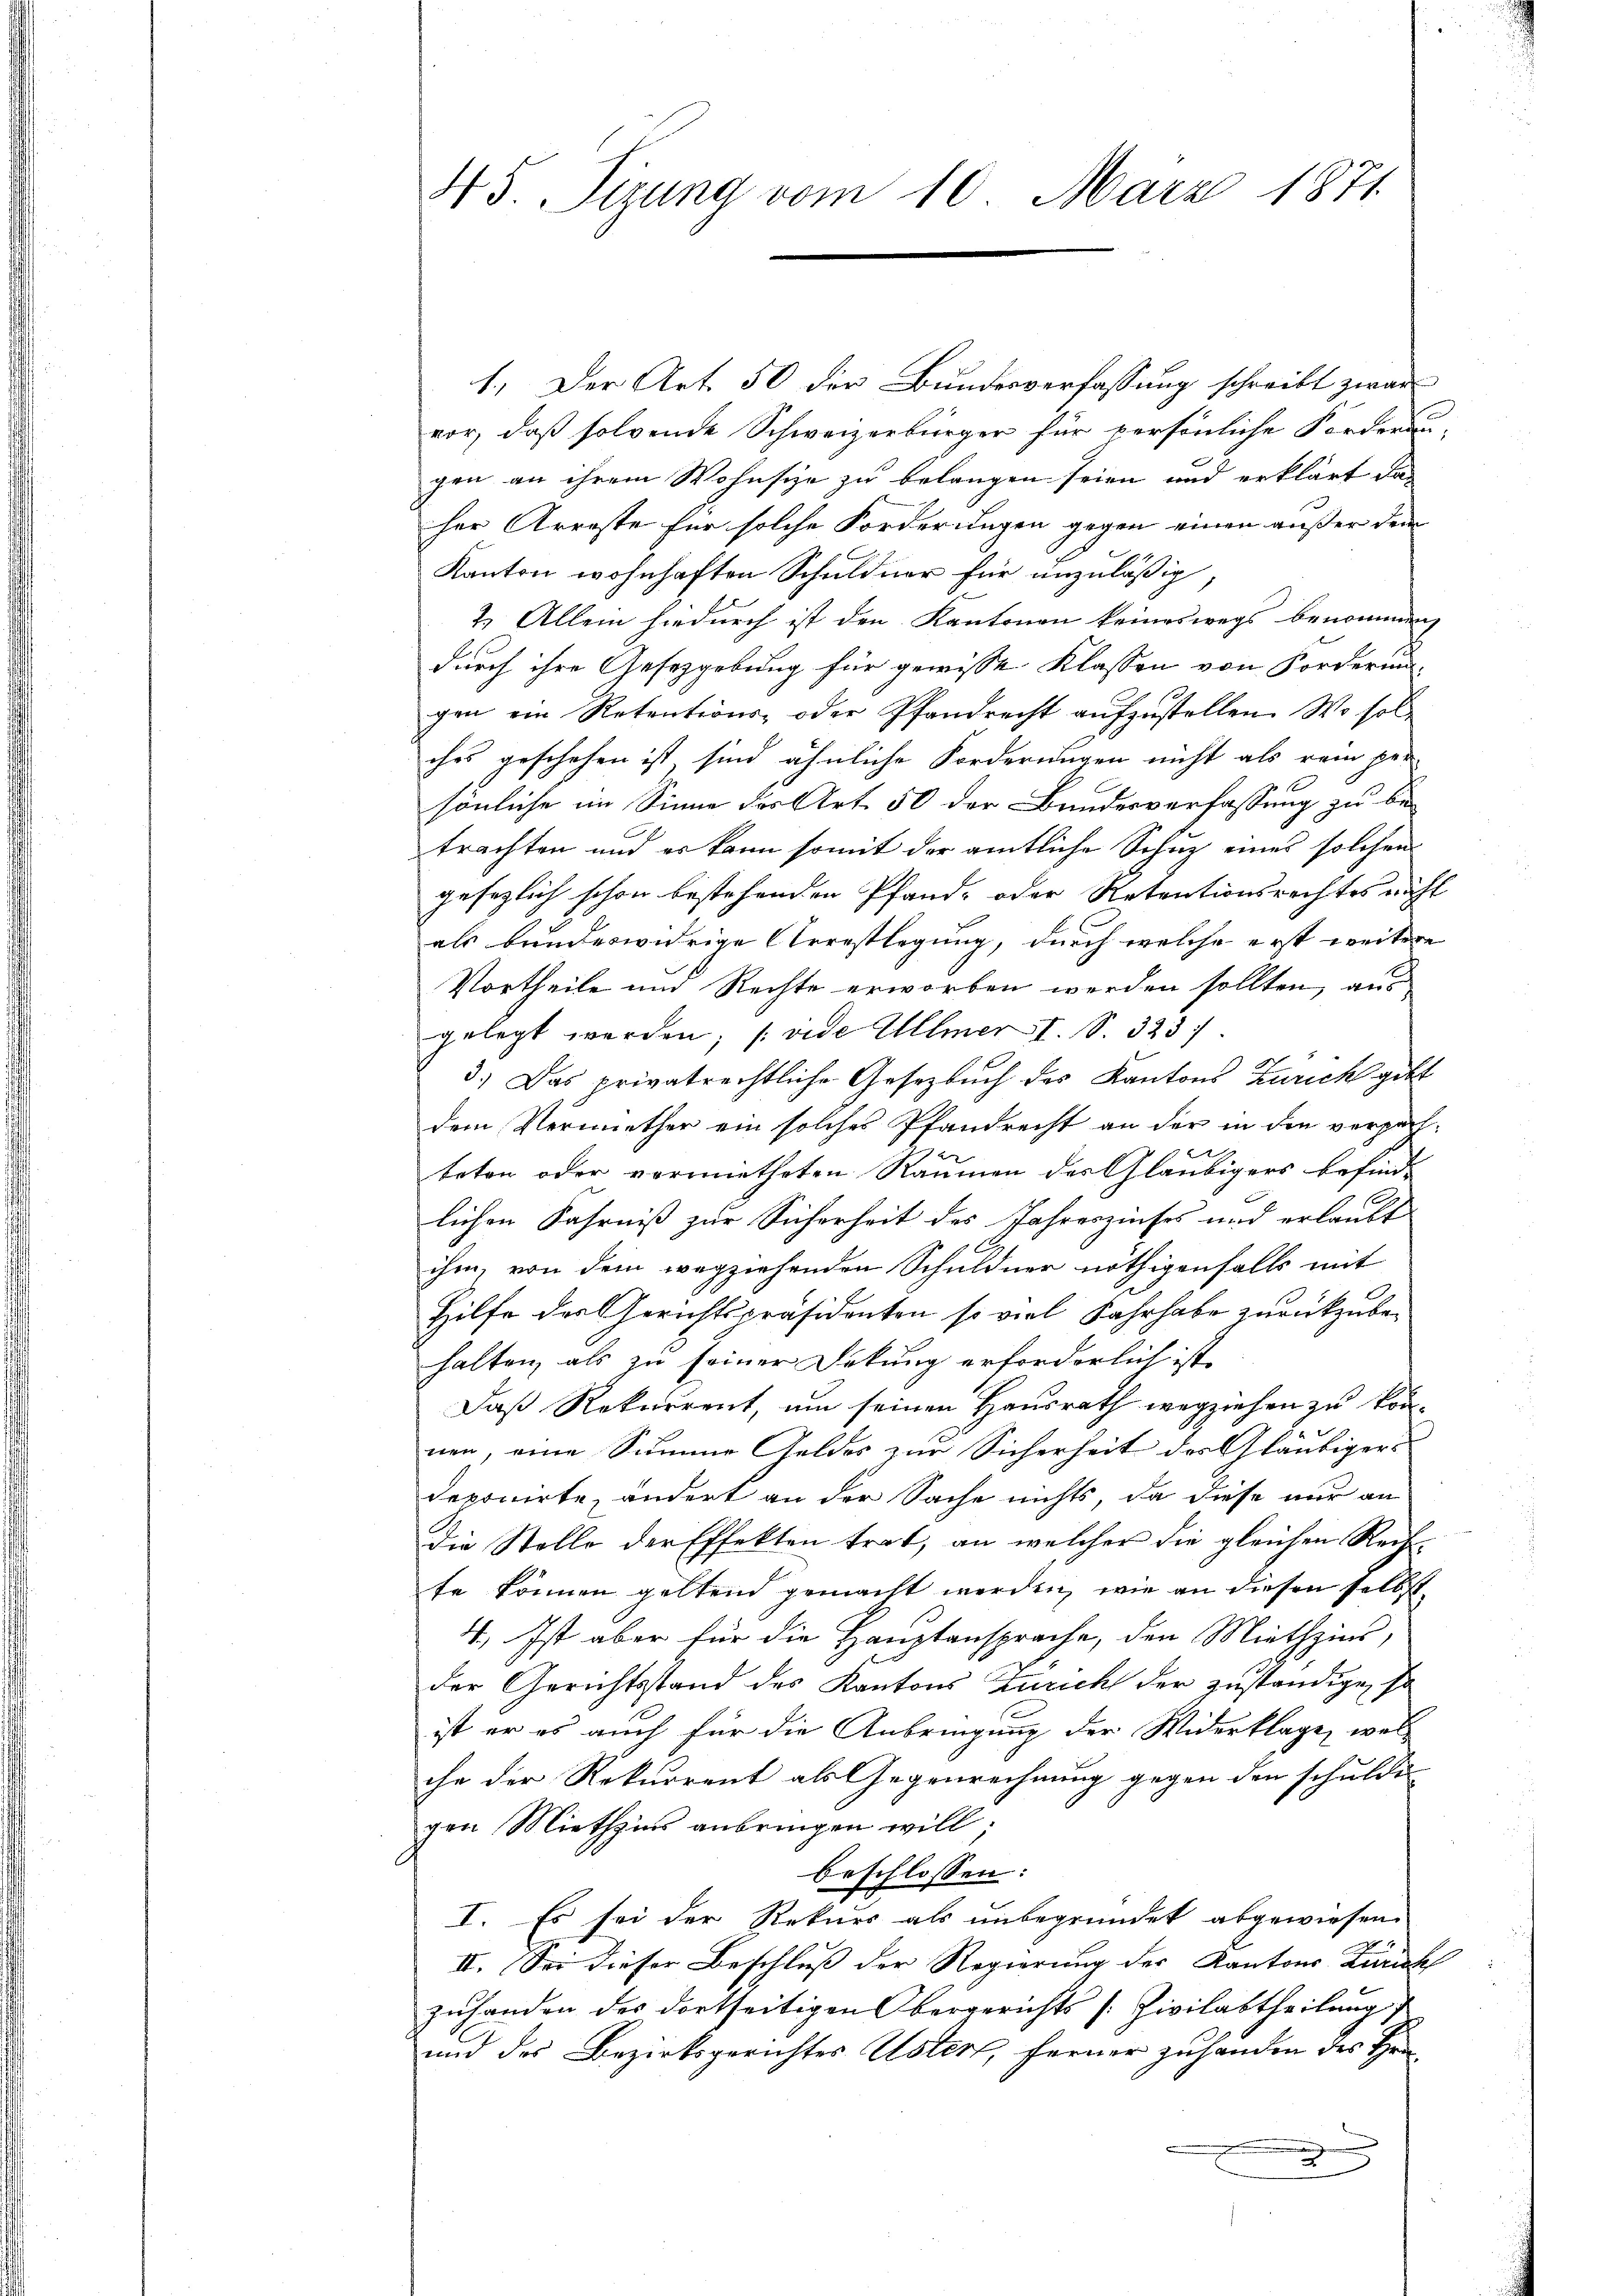
1.) Der Art. 50 der Bundesverfassung schreibt zwar
vor, daß solvende Schweizerbürger für persönliche Forderun-
gen an ihrem Wohnsize zu belangen seien und erklärt das
her Arreste für solche Forderungen gegen einen außer dem
Kanton wohnhaften Schuldner für unzulässig,
2.) Allein hiedurch ist den Kantonen keineswegs benommen,
durch ihre Gesetzgebung für gewisse Klassen von Forderung
gen ein Retentions- oder Pfandrecht aufzustellen. Wo solches geschehen ist sind ähnliche Forderungen nicht als rein per
sönliche im Sinne des Art. 50 der Bundesverfassung zu betrachten und er kann somit der amtliche Schuz eines solchen
gesezlich schon bestehenden Pfand- oder Retentionsrechtes nicht
als bundeswidrige Arrestlegung, durch welche erst weitere
Vortheile und Rechte erworben werden sollten, aus
gelegt werden; (vide Ullmer I. S. 323.
3.) Das privatrechtliche Gesetzbuch des Kantons Zürich gibt
dem Vermiether ein solches Pfandrecht an der in den verpachtoton oder vormietheten Raumen des Gläubigers befind-
lichen Fahrniß zur Sicherheit des Jahreszinses und erlaubt
ihm, von dem wegziehenden Schuldner nöthigenfalls mit
Hilfe des Gerichtspräsidenten so viel Fahrhabe zurückzubehalten, als zu seiner Deckung erforderlich ist.
Daß Rekurrent, um seinen Hausrath wegziehen zu können, eine Summe Geldes zur Sicherheit des Gläubigers
deponirte, ändert an der Sache nichts, da diese nur an
die Stelle der Effekten trat, an welcher die gleichen Rechte können geltend gemacht werden, wie an diesen selbst
4.) Ist aber für die Hauptansprache, den Miethzins,
der Gerichtsstand des Kantons Zürich der zuständige, so
ist er es auch für die Anbringung der Widerklage, wel-
che der Rekurrent als Gegenrechnung gegen den schulde
gen Miethzins anbringen will;
beschlossen:
I. Es sei der Rekurs als unbegründet abgewiesen.
II. Sei dieser Beschluß der Regierung der Kantons Zürich
zuhanden des dortseitigen Obergerichts (Zivilabtheilung
und des Bezirksgerichtes Usters, ferner zu handen des Hera

45 Sizung vom 10. März 1871